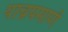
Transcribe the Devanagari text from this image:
याच्रपमाणे